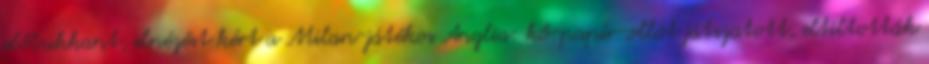
előbukkant, elnézést kért a Milan-játékos Anglia: kő-papír-ollót játszatott, eltiltották